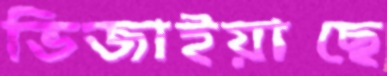
ভিজাইয়াছে